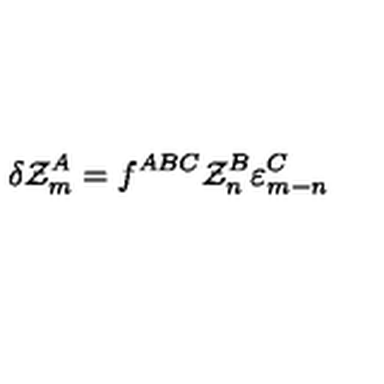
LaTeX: \delta { \cal Z } _ { m } ^ { A } = f ^ { A B C } { \cal Z } _ { n } ^ { B } \varepsilon _ { m - n } ^ { C }